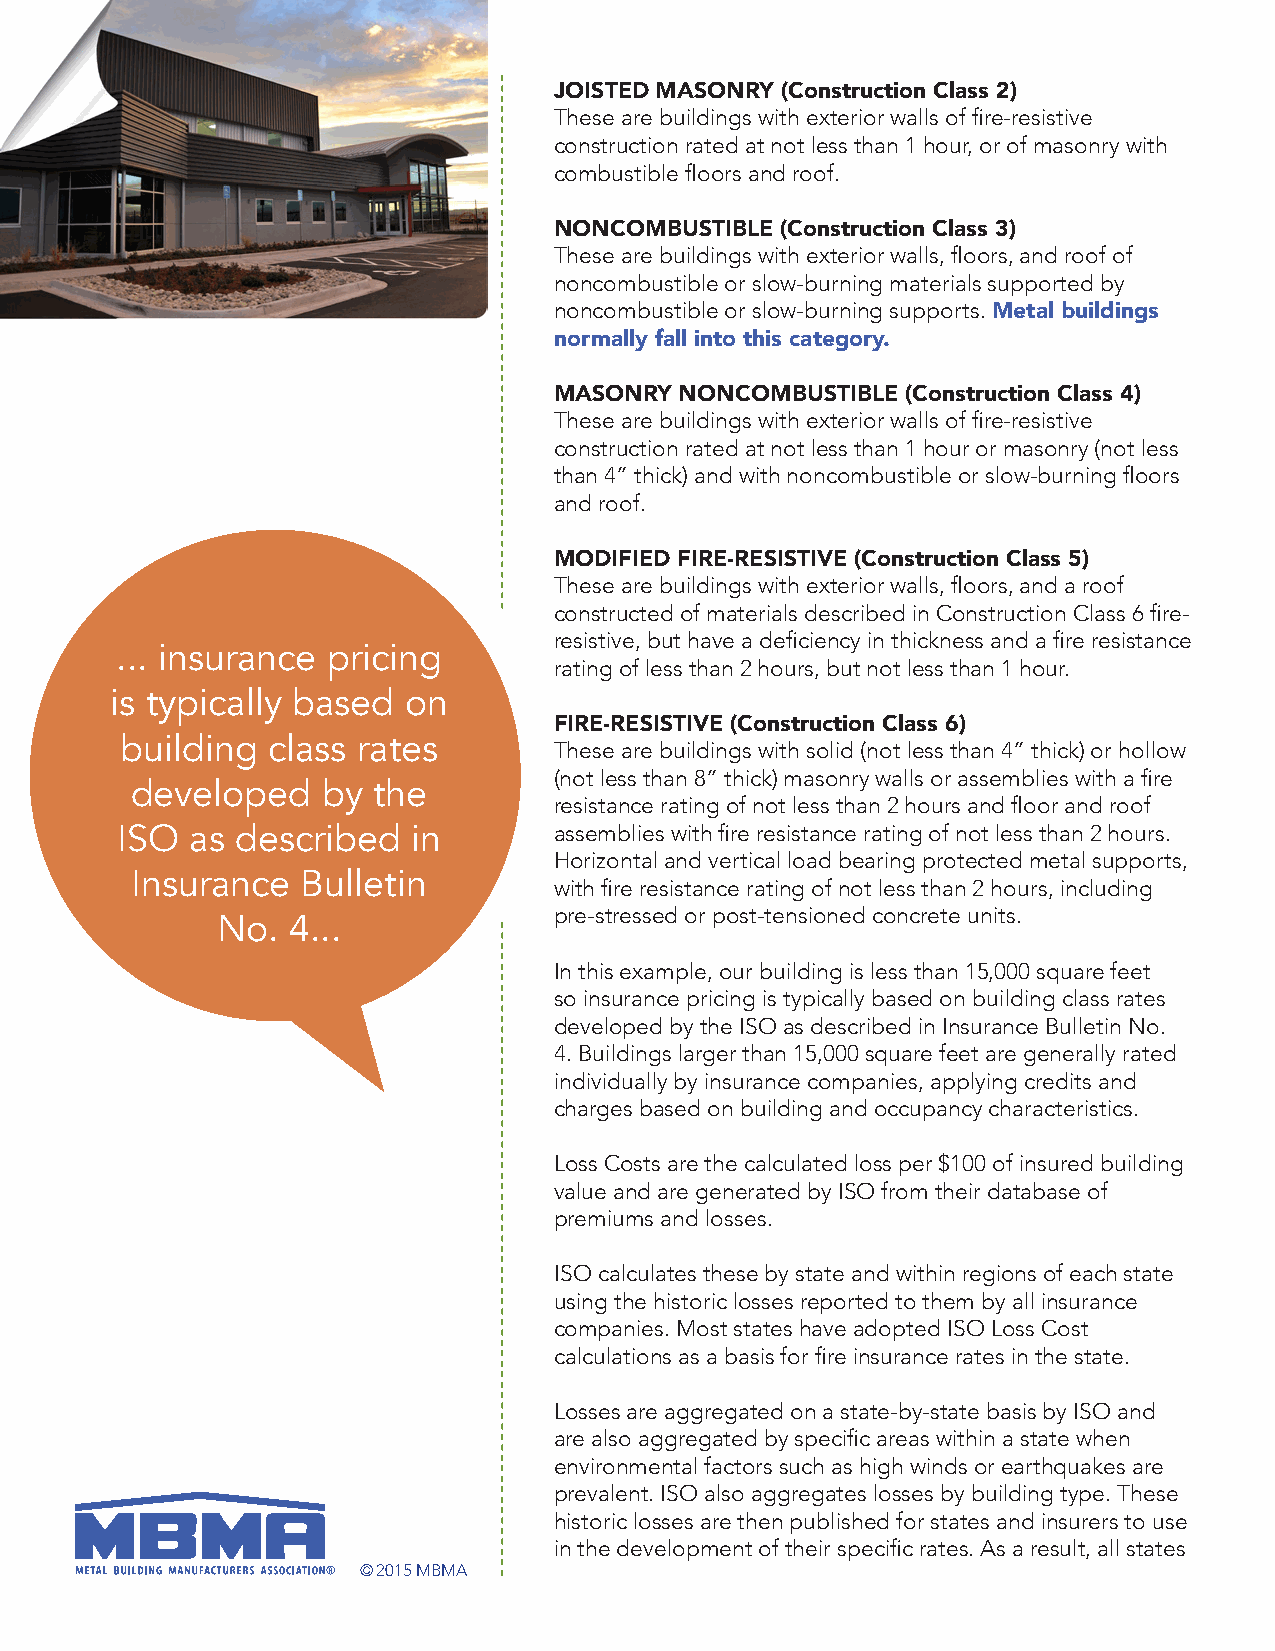
JOISTED MASONRY (Construction Class 2)
 These are buildings with exterior walls of fire-resistive
 construction rated at not less than 1 hour, or of masonry with
 combustible floors and roof.
 NONCOMBUSTIBLE (Construction Class 3)
 These are buildings with exterior walls, floors, and roof of
 noncombustible or slow-burning materials supported by
 noncombustible or slow-burning supports. Metal buildings
 normally fall into this category.
 MASONRY NONCOMBUSTIBLE (Construction Class 4)
 These are buildings with exterior walls of fire-resistive
 construction rated at not less than 1 hour or masonry (not less
 than 4” thick) and with noncombustible or slow-burning floors
 and roof.
 MODIFIED FIRE-RESISTIVE (Construction Class 5)
 These are buildings with exterior walls, floors, and a roof
 constructed of materials described in Construction Class 6 fire-
 resistive, but have a deficiency in thickness and a fire resistance
 ... insurance pricing
 rating of less than 2 hours, but not less than 1 hour.
 is typically based  on
 FIRE-RESISTIVE (Construction Class 6)
 building  class rates
 These are buildings with solid (not less than 4” thick) or hollow
 (not less than 8” thick) masonry walls or assemblies with a fire
 developed   by  the
 resistance rating of not less than 2 hours and floor and roof
 ISO  as described  in        assemblies with fire resistance rating of not less than 2 hours.
 Horizontal and vertical load bearing protected metal supports,
 Insurance  Bulletin
 with fire resistance rating of not less than 2 hours, including
 pre-stressed or post-tensioned concrete units.
 No.  4...
 In this example, our building is less than 15,000 square feet
 so insurance pricing is typically based on building class rates
 developed by the ISO as described in Insurance Bulletin No.
 4. Buildings larger than 15,000 square feet are generally rated
 individually by insurance companies, applying credits and
 charges based on building and occupancy characteristics.
 Loss Costs are the calculated loss per $100 of insured building
 value and are generated by ISO from their database of
 premiums and losses.
 ISO calculates these by state and within regions of each state
 using the historic losses reported to them by all insurance
 companies. Most states have adopted ISO Loss Cost
 calculations as a basis for fire insurance rates in the state.
 Losses are aggregated on a state-by-state basis by ISO and
 are also aggregated by specific areas within a state when
 environmental factors such as high winds or earthquakes are
 prevalent. ISO also aggregates losses by building type. These
 historic losses are then published for states and insurers to use
 in the development of their specific rates. As a result, all states
 © 2015 MBMA